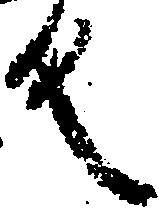
反